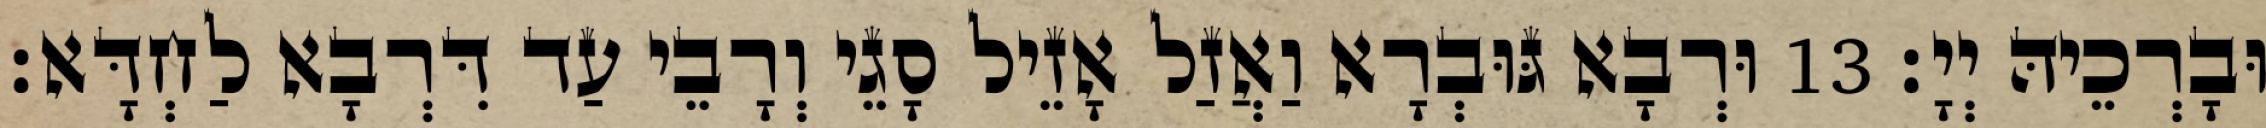
וּבָרְכֵיהּ יְיָ׃ 13 וּרְבָא גּוּבְרָא וַאֲזַל אָזֵיל סָגֵי וְרָבֵי עַד דִּרְבָא לַחְדָּא׃